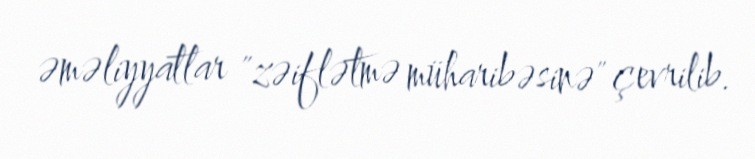
əməliyyatlar "zəiflətmə müharibəsinə" çevrilib.